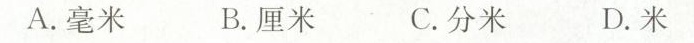
A.毫米 B.厘米 C.分米 D.米